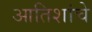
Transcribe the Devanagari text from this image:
आतिशांचे